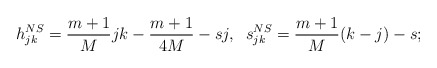
\begin{align*}h^{NS}_{jk} = \frac{m+1}{M} jk - \frac{m+1}{4M} -sj,\;\; s^{NS}_{jk} = \frac{m+1}{M} (k-j)-s;\end{align*}